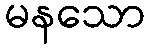
မနသော